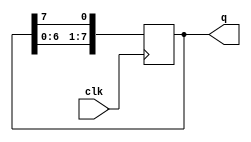
`timescale 1ns/1ps

module plus2counter (
    input clk,
    
    output reg [7:0]q = 8'b1111_1110
);

integer i;


always@(posedge clk)begin
    
    
    for(i = 0; i < 7; i = i + 1)
        begin
         q[i+1] <= q[i];
        end
        
        q[0]<=q[7];
      end




    
endmodule